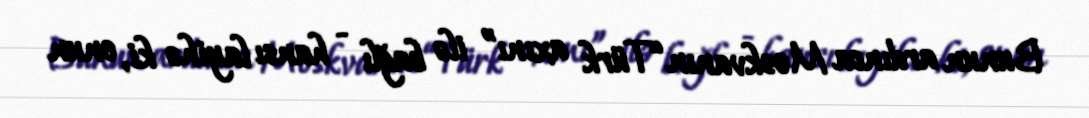
Bunun ardınca Moskvanın “Türk axını” ilə bağlı - hansı layihə ki, onun